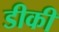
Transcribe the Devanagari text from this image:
डीकी